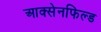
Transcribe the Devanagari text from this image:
आक्सेनफिल्ड